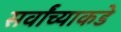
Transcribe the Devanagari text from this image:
सर्वांच्याकडे